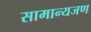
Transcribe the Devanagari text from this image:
सामान्यजण